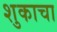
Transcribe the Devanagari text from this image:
शुकाचा